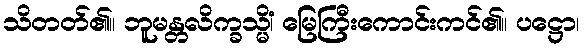
သိတတ်၏။ ဘူမန္တလိက္ခသ္မိံ၊ မြေကြီးကောင်းကင်၏။ ပဋ္ဌော၊